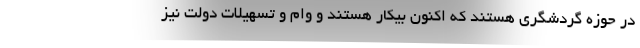
در حوزه گردشگری هستند که اکنون بیکار هستند و وام و تسهیلات دولت نیز